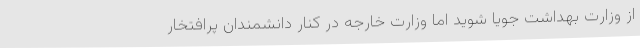
از وزارت بهداشت جویا شوید اما وزارت خارجه در کنار دانشمندان پرافتخار